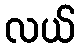
လယ်